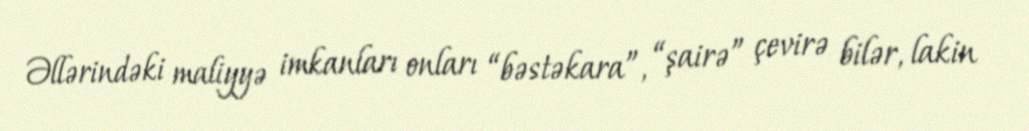
Əllərindəki maliyyə imkanları onları “bəstəkara”, “şairə” çevirə bilər, lakin